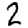
Digit: 2